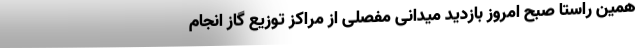
همین راستا صبح امروز بازدید میدانی مفصلی از مراکز توزیع گاز انجام